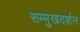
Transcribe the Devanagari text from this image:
सम्मुखदर्शन